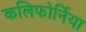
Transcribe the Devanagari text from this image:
कलिफोर्निया